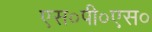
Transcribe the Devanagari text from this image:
एस०पी०एस०